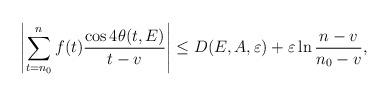
LaTeX: \begin{align*} \left| \sum _{t=n_0}^n f(t)\frac{\cos 4 \theta(t,E)}{t-v}\right|\leq D(E,A,\varepsilon)+ {\varepsilon}\ln \frac{n-v}{n_0-v},\end{align*}